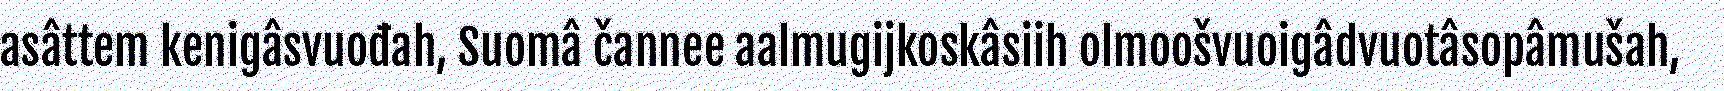
asâttem kenigâsvuođah, Suomâ čannee aalmugijkoskâsiih olmoošvuoigâdvuotâsopâmušah,